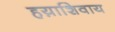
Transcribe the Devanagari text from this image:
हय़ाशिवाय